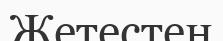
Жетестен